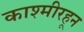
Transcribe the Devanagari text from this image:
काश्मीरहून